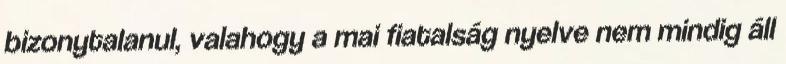
bizonytalanul, valahogy a mai fiatalság nyelve nem mindig áll